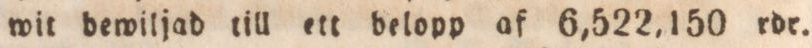
wit bewiljad till ett belopp af 6,522,150 rdr.